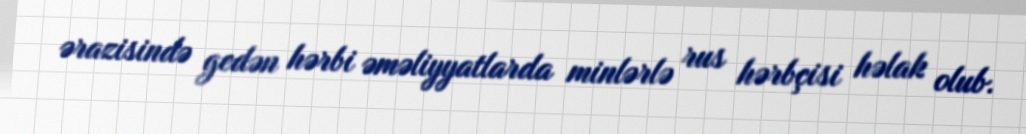
ərazisində gedən hərbi əməliyyatlarda minlərlə rus hərbçisi həlak olub.